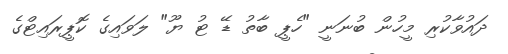
ދައުވާކުރި މީހުން ބުނަނީ "ހެޕީ ބާތު ޑޭ ޓު ޔޫ" ލަވައިގެ ކޮޕީރައިޓްގެ